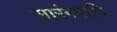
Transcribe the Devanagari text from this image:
सारंगपानि